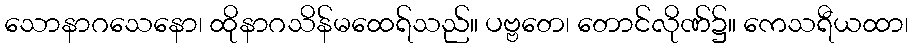
သောနာဂသေနော၊ ထိုနာဂသိန်မထေရ်သည်။ ပဗ္ဗတေ၊ တောင်လိုဏ်၌။ ကေသရီယထာ၊